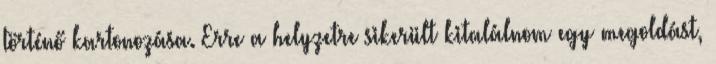
történő kartonozása. Erre a helyzetre sikerült kitalálnom egy megoldást,